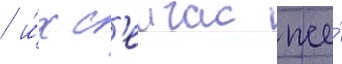
/ и́х с'еичас же́